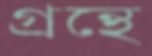
গ্রন্থে